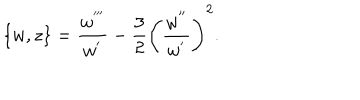
\{ w , z \} = { \frac { w ^ { ' ^ { \prime \prime } } } { w ^ { ' } } } - { \frac { 3 } { 2 } } \left( \frac { w ^ { ' ^ { \prime } } } { w ^ { ' } } \right) ^ { 2 } .